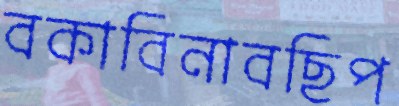
বকাবিনাবছিপ